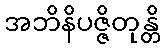
အဘိနိပဇ္ဇိတုန္တိ